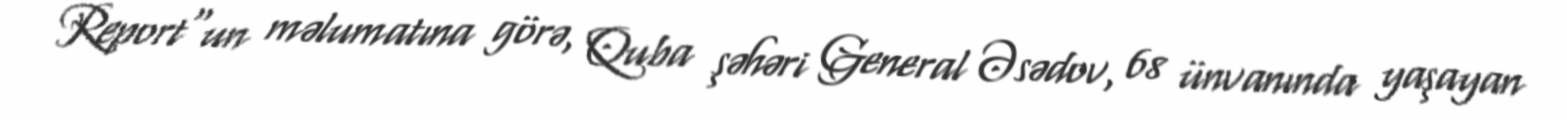
Report"un məlumatına görə, Quba şəhəri General Əsədov, 68 ünvanında yaşayan